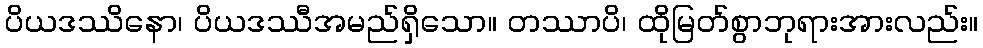
ပိယဒဿိနော၊ ပိယဒဿီအမည်ရှိသော။ တဿာပိ၊ ထိုမြတ်စွာဘုရားအားလည်း။